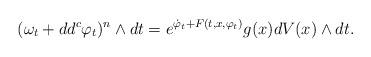
LaTeX: \begin{align*} (\omega_t +dd^c \varphi_t)^n \wedge dt =e^{\dot{\varphi}_t + F(t,x,\varphi_t)}g(x) dV(x)\wedge dt. \end{align*}